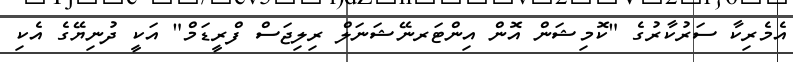
އެމެރިކާ ސަރުކާރުގެ "ކޮމިޝަން އޮން އިންޓަރނޭޝަނަލް ރިލިޖަސް ފްރީޑަމް" އަކީ ދުނިޔޭގެ އެކި